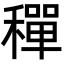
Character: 𬓿